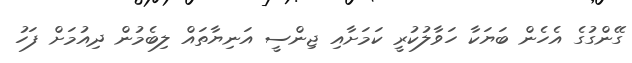
ގޭންގުގެ އެހެން ބަޔަކާ ހަވާލުކުރީ ކަމަށާއި ޖިންސީ އަނިޔާތައް ލިބެމުން ދިއުމަށް ފަހު